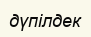
дүпілдек